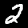
Digit: 2